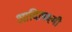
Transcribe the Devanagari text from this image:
आदिलक्ष्मी